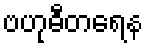
ဗဟုဓီတရေန